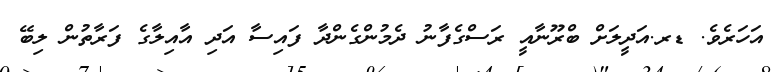
އަހަރެވެ. ޑރ.އަދީލަށް ބްރޫނާއީ ރަސްގެފާނު ދެމުންގެންދާ ފައިސާ އަދި އާއިލާގެ ފަރާތުން ލިބޭ